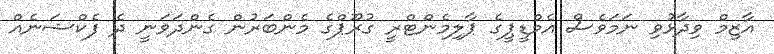
އާޒިމް ވިދާޅުވި ނަމަވެސް އެމްޑީޕީގެ ޕާލިމެންޓްރީ ގުރޫޕްގެ މެންބަރުން ގެންދަވަނީ ދެ ފެކްޝަނެއް